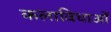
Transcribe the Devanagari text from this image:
कलाविधाओं